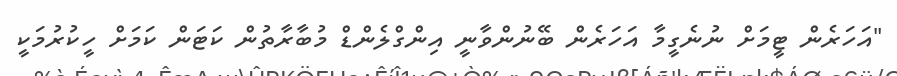
"އަހަރެން ޓީމަށް ނުނެގީމާ އަހަރެން ބޭނުންވާނީ އިންގްލެންޑް މުބާރާތުން ކަޓަން ކަމަށް ހީކުރުމަކީ